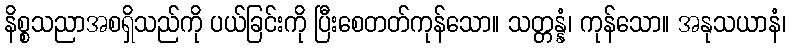
နိစ္စသညာအစရှိသည်ကို ပယ်ခြင်းကို ပြီးစေတတ်ကုန်သော။ သတ္တန္နံ၊ ကုန်သော။ အနုသယာနံ၊